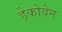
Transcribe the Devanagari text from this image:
ड़ेकोवेन